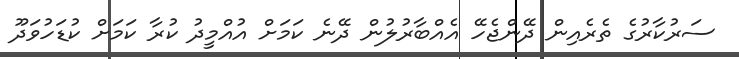
ސަރުކާރުގެ ތެރެއިން ދޭންޖެހޭ އެއްބާރުލުން ދޭނެ ކަމަށް އުއްމީދު ކުރާ ކަމަށް ކުޑަހުވަދޫ